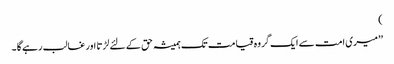
)
’’میری امت سے ایک گروہ قیامت تک ہمیشہ حق کے لئے لڑتا اور غالب رہے گا ۔